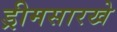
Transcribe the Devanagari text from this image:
ड्रीमसारखे